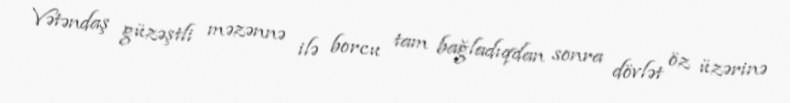
Vətəndaş güzəştli məzənnə ilə borcu tam bağladıqdan sonra dövlət öz üzərinə